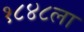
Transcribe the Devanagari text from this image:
१८४८ला